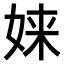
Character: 𫝫